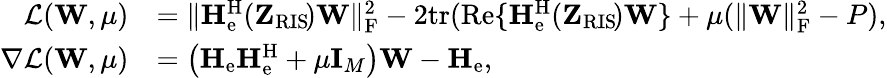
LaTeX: \begin{array}{rl}{\mathcal{L}(\mathbf{W},\mu)}&{=\| \mathbf{H}_{\mathrm{e}}^{\mathrm{H}}(\mathbf{Z}_{\mathrm{RIS}}\! )\mathbf{W}\| _{\mathrm{F}}^{2}-2\mathrm{tr}(\mathrm{Re}\{ \mathbf{H}_{\mathrm{e}}^{\mathrm{H}}(\mathbf{Z}_{\mathrm{RIS}}\! )\mathbf{W}\} +\mu(\| \mathbf{W}\| _{\mathrm{F}}^{2}-P),}\\ {\nabla\mathcal{L}(\mathbf{W},\mu)}&{=\big(\mathbf{H}_{\mathrm{e}}\mathbf{H}_{\mathrm{e}}^{\mathrm{H}}+\mu\mathbf{I}_{M}\big)\mathbf{W}-\mathbf{H}_{\mathrm{e}},}\end{array}